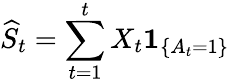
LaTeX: \widehat{S}_{t}=\sum_{t=1}^{t}X_{t}\mathbf{1}_{\{ A_{t}=1\} }